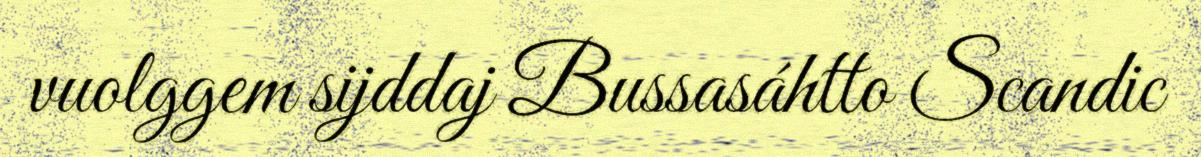
vuolggem sijddaj Bussasáhtto Scandic